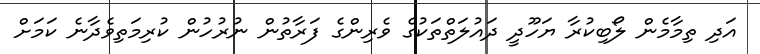
އަދި ތިމާމެން ލޯބިކުރާ ޔަހޫދީ ދައުލަތްތަކުގެ ވެރިންގެ ފަރާތުން ނުރުހުން ކުރިމަތިވެދާނެ ކަމަށް